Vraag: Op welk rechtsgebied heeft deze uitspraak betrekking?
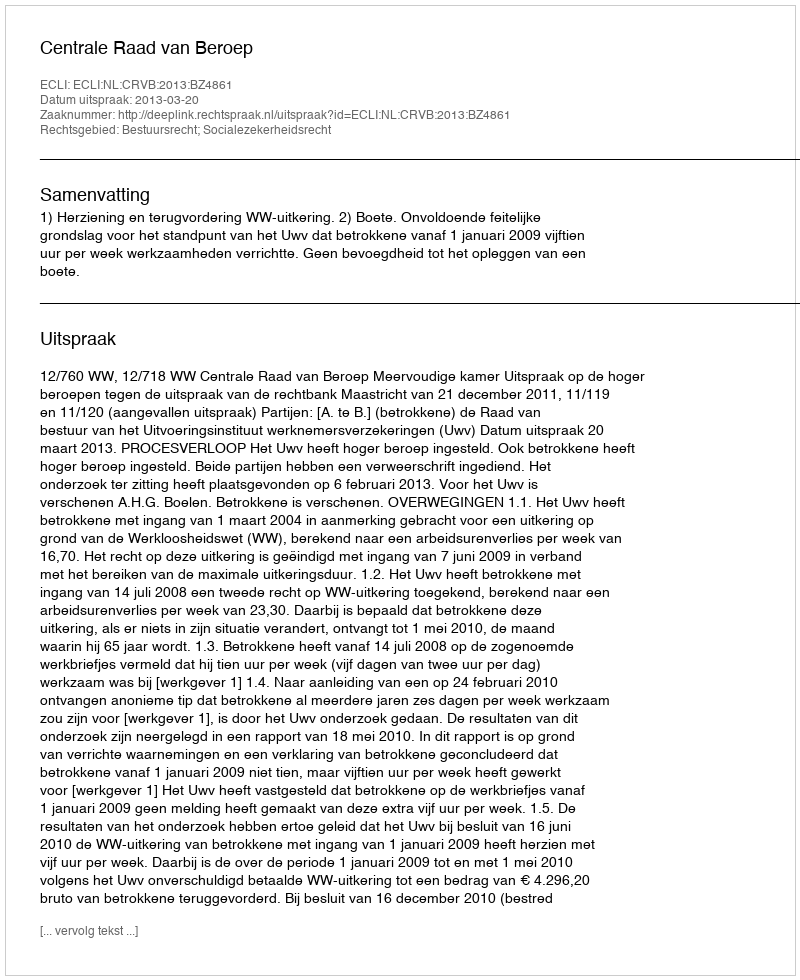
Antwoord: Bestuursrecht; Socialezekerheidsrecht